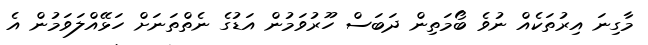
މާގިނަ އިރުތަކެއް ނުވެ ބޯމަތިން ދަބަސް ހޫރުވަމުން އަޑުގެ ނެތްތަނަށް ހަޅޭއްލަވަމުން އެ